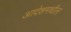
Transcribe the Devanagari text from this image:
आदेशमधील